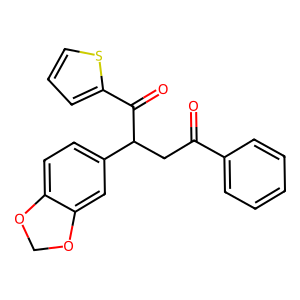
SMILES: O=C(CC(C(=O)c1cccs1)c1ccc2c(c1)OCO2)c1ccccc1
Inhibits HIV replication: No